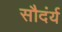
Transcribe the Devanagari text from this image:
सौदंर्य